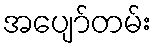
အပျော်တမ်း